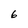
Character: 6